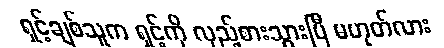
ရှင့်ချစ်သူက ရှင့်ကို လှည့်စားသွားပြီ မဟုတ်လား